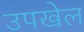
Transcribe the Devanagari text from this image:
उपखेल